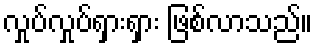
လှုပ်လှုပ်ရှားရှား ဖြစ်လာသည်။